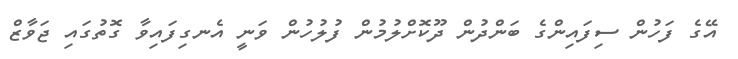
އޭގެ ފަހުން ސިފައިންގެ ބަންދުން ދޫކޮށްލުމުން ފުލުހުން ވަނީ އެނގިފައިވާ ގޮތުގައި ޖަވާޒް